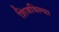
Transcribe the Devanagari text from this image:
शिजविल्या